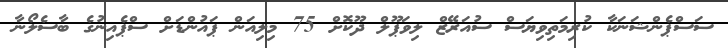
ސަސްޕެންޝަނަކާ ކުރިމަތިވިޔަސް ސުއަރޭޒް ލިވަޕޫލް ދޫކޮށް 75 މިލިއަން ޕައުންޑަށް ސްޕެއިނުގެ ބާސެލޯނާ